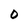
Character: 0